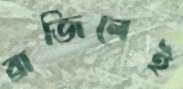
ব্রাজিলেই